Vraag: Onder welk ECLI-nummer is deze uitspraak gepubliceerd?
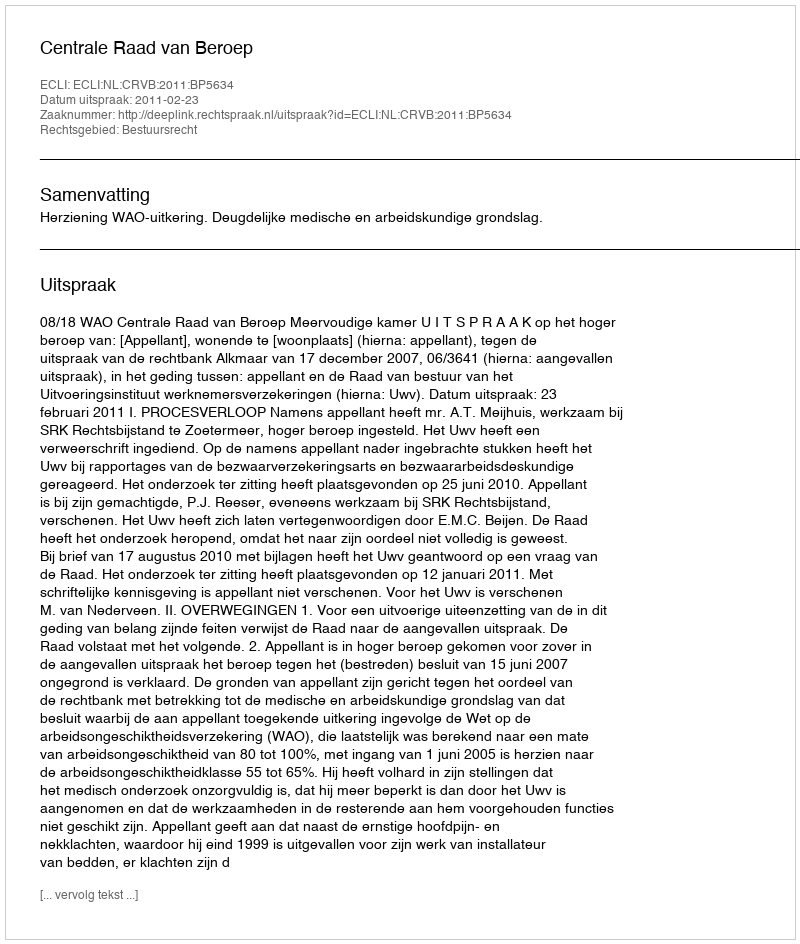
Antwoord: ECLI:NL:CRVB:2011:BP5634